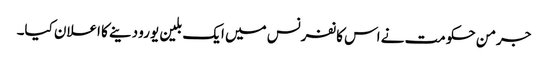
جرمن حکومت نے اس کانفرنس میں ایک بلین یورو دینے کا اعلان کیا۔